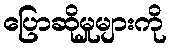
ပြောဆိုမှုများကို